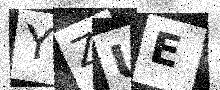
Text: YZUE